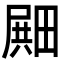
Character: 𪽛